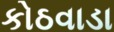
કોઠવાડા